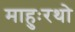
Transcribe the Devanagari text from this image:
माहुःरथो